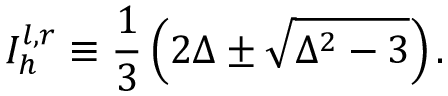
I _ { h } ^ { l , r } \equiv \frac { 1 } { 3 } \left( 2 \Delta \pm \sqrt { \Delta ^ { 2 } - 3 } \right) .